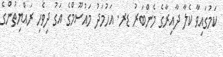
ކަމުގައިވާ ކެލާ ދާއިރާގެ މެންބަރު ޑރ. އަހުމަދު މައުސޫމްގެ އަގު ދިވެހި ރައްޔިތުންގެ